King Institute of Preventive Medicine Micro-Biological Section reports 1912-19
Year: 1912
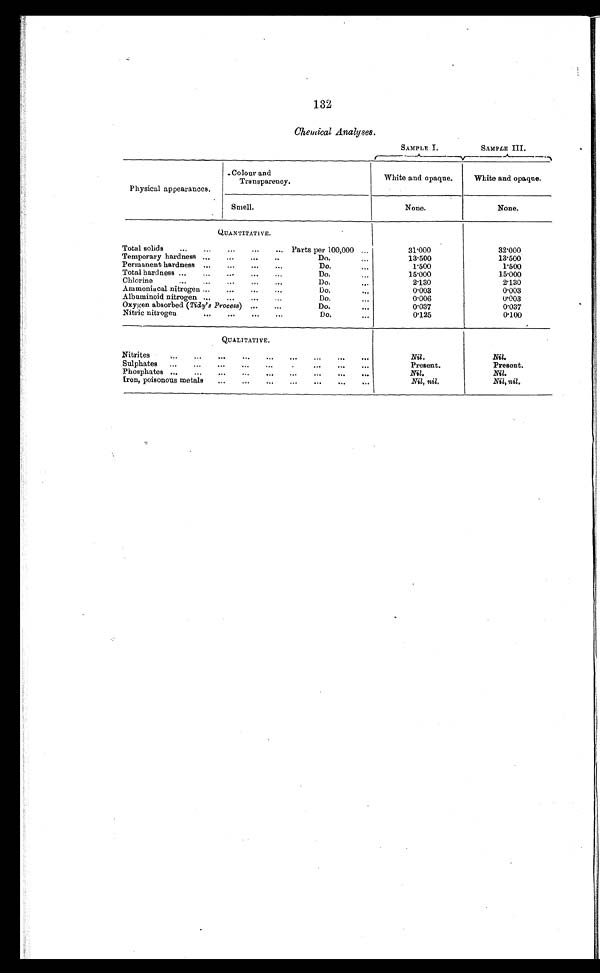
132
Chemical Analyses.
SAMPLE I.
SAMPLE III.
Physical appearances.
Colour and
Transparency.
White and opaque.
White and opaque.
Smell.
None.
None.
QUANTITATIVE.
Total solids
...
...
...
... Parts per 100,000 ...
31.000
32.000
Temporary hardness ..,
...
...
..
Do....
13.500
13.500
Permanent hardness ...
...
...
...
Do.
1.500
1.500
Total hardness ...
...
...
...
Do....
15.000
15.000
Chlorine
...
...
...
...
...
D o .
2.130
2.130
Ammoniacal nitrogen ...
...
...
...
Do.
0.003
0.003
Albuminoid nitrogen
D o . .
0.006
0.003
Oxygen absorbed (Tidy's Process)
Do.
...
0.037
0.037
Nitric nitrogen
Do.
...
0.125
0.100
QUALITATIVE.
Nitrites
Nil.
Nil.
Sulphates
...
,..
...
...
......
...
...
Present.
Present.
Phosphates ...
...
...
...
...
...
...
...
...
Nil.
Nil.
Iron, poisonous metals
...
...
...
...
...
...
...
Nil, nil.
Nil, nil.